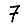
Digit: 7